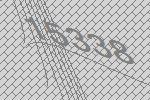
15338